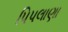
પિપલાણા